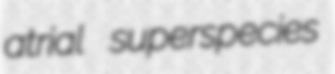
atrial superspecies